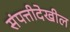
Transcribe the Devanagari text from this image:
संपत्तीदेखील